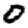
Digit: 0